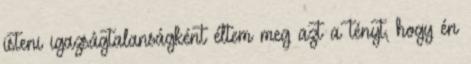
isteni igazságtalanságként éltem meg azt a tényt, hogy én